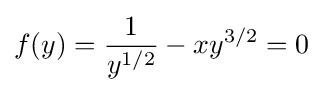
f(y)={\frac {1}{y^{1/2}}}-xy^{3/2}=0